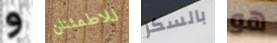
و للاطمئنان بالسكر هو